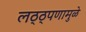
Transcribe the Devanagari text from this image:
लठ्ठ्पणामुळे